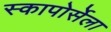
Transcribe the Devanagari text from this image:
स्कापोर्सेला